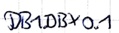
Text: DB1.DBX0.1